Report of the Indian Hemp Drugs Commission, 1894-1895 - Volume VI
Year: 1894
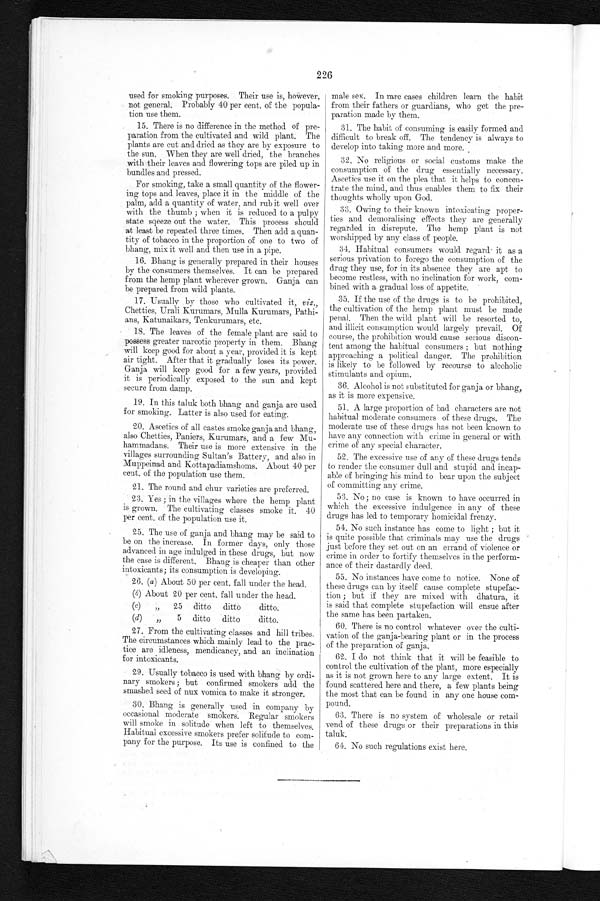
226
used for smoking purposes. Their use is, however,
not general. Probably 40 per cent. of the popula-
tion use them.
15. There is no difference in the method of pre-
paration from the cultivated and wild plant. The
plants are cut and dried as they are by exposure to
the sun. When they are well dried, the branches
with their leaves and flowering tops are piled up in
bundles and pressed.
For smoking, take a small quantity of the flower-
ing tops and leaves, place it in the middle of the
palm, add a quantity of water, and rub it well over
with the thumb ; when it is reduced to a pulpy
state sqeeze out the water. This process should
at least be repeated three times. Then add a quan--
tity of tobacco in the proportion of one to two of
bhang, mix it well and then use in a pipe.
16. Bhang is generally prepared in their houses
by the consumers themselves. It can be prepared
from the hemp plant wherever grown. Ganja can
he prepared from wild plants.
17. Usually by those who cultivated it, viz.,
Chetties, Urali Kurumars, Mulla Kurumars, Pathi-
- a n s , K a t u n a i k a r s , T e n k u r u m a r s , e t c .
18. The leaves of the female plant are said to
possess greater narcotic property in them. Bhang
will keep good for about a year, provided it is kept
air tight. After that it gradually loses its power.
Ganja will keep good for a few years, provided
it is periodically exposed to the sun and kept
secure from damp.
19. In this taluk both bhang and ganja are used
for smoking. Latter is also used for eating.
20. Ascetics of all castes smoke ganja and bhang,
also Chetties, Paniers, Kurumars, and a few Mu-
hammadans. Their use is more extensive in the
villages surrounding Sultan's Battery, and also in
Muppeinad and Kottapadiamshoms. About 40 per
cent. of the population use them.
21. The round and chur varieties are preferred.
23. Ye S ; in the villages where the hemp plant
is grown. The cultivating classes smoke it. 40
per cent. of the population use it.
25. The use of ganja and bhang may be said to
be on the increase. In former days, only those
advanced in age indulged in these drugs, but now
the case is different. Bhang is cheaper than other
intoxicants; its consumption is developing.
26. (a) About 50 per cent. fall under the head.
(b) About 20 per cent. fall under the head.
(e)
„
25 ditto ditto
ditto.
(d)
5 ditto ditto
ditto.
27. From the cultivating classes and hill tribes.
The circumstances which mainly lead to the prac--
tice are idleness, mendicancy, and an inclination
for intoxicants.
29. Usually tobacco is used with bhang by ordi-
nary smokers ; but confi rmed smokers add t he
smashed seed Of nux vomica to make it stronger.
30. Bhang is generally used in company by
occasional moderate smokers. Regular smokers
will smoke in solitude when left to themselves.
Habitual excessive smokers prefer solitude to com--
pany for the purpose. Its use is confined to the
male sex. In rare cases children learn the' habit
from their fathers or guardians, who get the pre-
paration made by them.
31. The habit of consuming is easily formed and
difficult to break off. The tendency is always to
develop into taking more and more.
32. No religious or social customs make the
consumption of the drug essentially necessary.
Ascetics use it on the plea that it helps to concen-
trate the mind, and thus enables them to fix their
thoughts wholly upon God.
33. Owing to their known intoxicating proper--
ties and demoralising effects they are generally
regarded in disrepute. The hemp plant is not
worshipped by any class of people.
34. Habitual consumers would regard' it as a
serious privation to forego the consumption of the
drug they use, for in its absence they are apt to
become restless, with no inclination for work, com-
bined with a gradual loss of appetite.
35. If the use of the drugs is to be prohibited,
the cultivation of the hemp plant must be made
penal. Then the wild plant will be resorted to,
and illicit consumption would largely prevail. Of
course, the prohibition would cause serious discon-
- t e n t a m o n g t h e h a b i t u a l c o n s u m e r s ; b u t n o t h i n g
approaching a political danger. The prohibition
is likely to be followed by recourse to alcoholic
stimulants and opium.
36. Alcohol is not substituted for ganja or bhang,
as it is more expensive.
51. A large proportion of bad characters are not
habitual moderate consumers of these drugs. The
moderate use of these drugs has not been known to
have any connection with crime in general or with
crime of any special character.
52. The excessive use of any of these drugs tends
to render the consumer dull and stupid and incap-
able of bringing his mind to bear upon the subject
of committing any crime.
53. No ; no case is known to have occurred in
which the excessive indulgence in any of these
ugs has led to temporary homicidal frenzy.
54. No such instance has come to light ; but it
is quite possible that criminals may use the drugs
just before they set out on an errand of violence or
crime in order to fortify themselves in the perform-
ance of their dastardly deed.
55. No instances have come to notice. None of
these drugs can by itself cause complete stupefac--
tion ; but if they are mixed with dhatura, it
is said that complete stupefaction will ensue after
the same has been partaken.
60. There is no control whatever over the culti-
vation of the ganja-bearing plant or in the process
of the preparation of ganja.
62. I do not think that it will be feasible to
control the cultivation of the plant, more especially
as it is not grown here to any large extent. It is
found scattered here and there, a few plants being
the most that can be found in any one house com--
pound.
63. There is no system of wholesale or retail
vend of these drugs or their preparations in this
taluk.
6 4 . N o s u c h r e g u l a t i o n s e x i s t h e r e ,